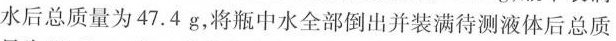
水后总质量为47.4g，将瓶中水全部倒出并装满待测液体后总质